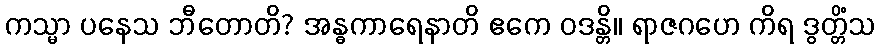
ကသ္မာ ပနေသ ဘီတောတိ? အန္ဓကာရေနာတိ ဧကေ ဝဒန္တိ။ ရာဇဂဟေ ကိရ ဒွတ္တိံသ